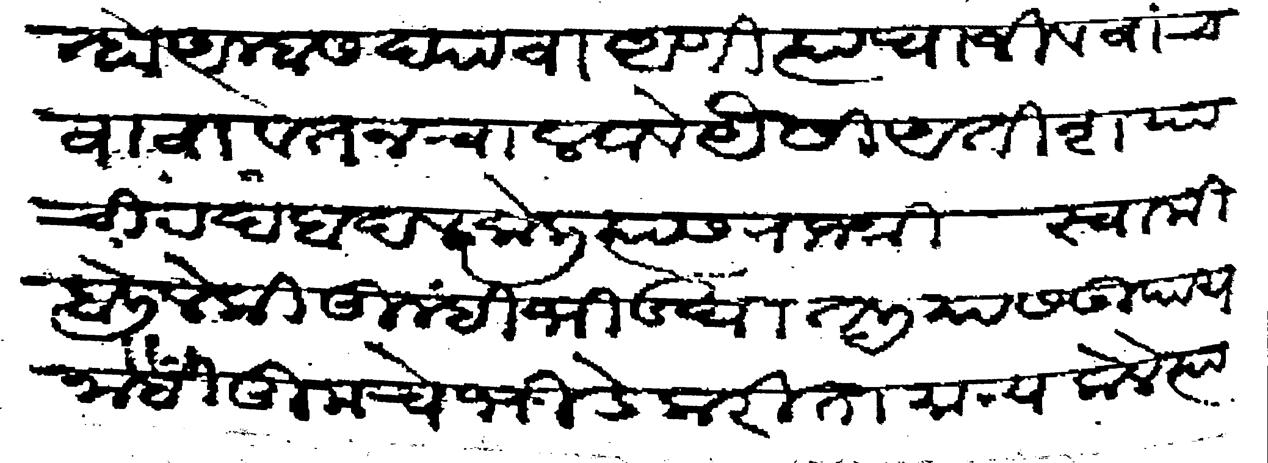
Transliteration (Devanagari): गुन्हा अम्हांस द्यावा आणि त्याचा जीव वांचवावा वतन चालवावे यैसी अतिशयाची रदबदल केली त्यास राजश्री स्वामी बोलिले की तुम्हीं भीड घातली यांस उपाय नाही तुमचे भिडे करिता मान्य केले त्यास